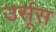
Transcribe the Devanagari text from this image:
उर्सूस